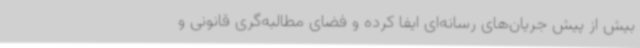
بیش از پیش جریان‌های رسانه‌ای ایفا کرده و فضای مطالبه‌گری قانونی و